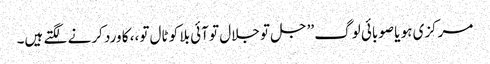
مرکزی ہو یا صوبائی لوگ ’’جل تو جلال تو آئی بلا کو ٹال تو،، کا ورد کرنے لگتے ہیں۔